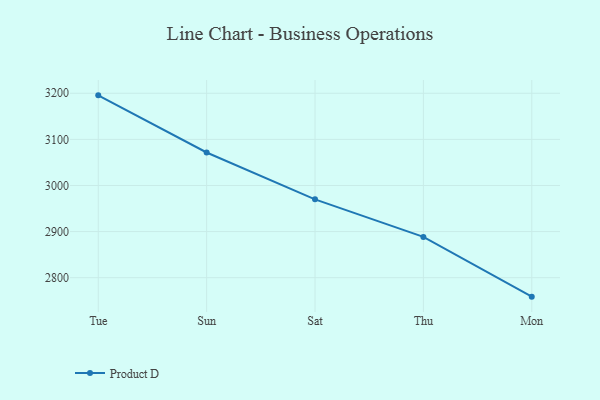
{"axis": {"x": "Day", "y": "Operating Costs (USD K)"}, "legend": ["Product D"], "data": [{"x": "Tue", "y": 3195.5, "type": "Product D"}, {"x": "Sun", "y": 3071.6, "type": "Product D"}, {"x": "Sat", "y": 2970.0, "type": "Product D"}, {"x": "Thu", "y": 2888.5, "type": "Product D"}, {"x": "Mon", "y": 2758.9, "type": "Product D"}]}